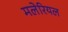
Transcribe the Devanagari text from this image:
मलेरियल